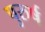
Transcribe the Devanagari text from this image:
पुरुर्ष